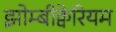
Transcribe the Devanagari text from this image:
झोम्बीक्वेरियम